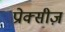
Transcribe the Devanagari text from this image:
प्रोक्सीज़